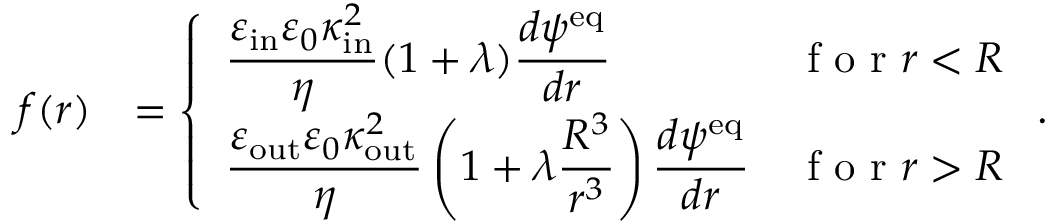
\begin{array} { r l } { f ( r ) } & { = \left\{ \begin{array} { l l } { \displaystyle \frac { \varepsilon _ { \mathrm { i n } } \varepsilon _ { 0 } \kappa _ { \mathrm { i n } } ^ { 2 } } { \eta } ( 1 + \lambda ) \frac { d \psi ^ { \mathrm { e q } } } { d r } } & { \textrm { f o r } r < R } \\ { \displaystyle \frac { \varepsilon _ { \mathrm { o u t } } \varepsilon _ { 0 } \kappa _ { \mathrm { o u t } } ^ { 2 } } { \eta } \left( 1 + \lambda \frac { R ^ { 3 } } { r ^ { 3 } } \right) \frac { d \psi ^ { \mathrm { e q } } } { d r } } & { \textrm { f o r } r > R } \end{array} \right. . } \end{array}